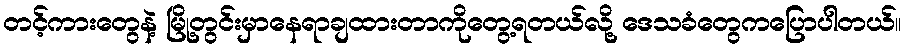
တင့်ကားတွေနဲ့ မြို့တွင်းမှာနေရာချထားတာကိုတွေ့ရတယ်လို့ ဒေသခံတွေကပြောပါတယ်။